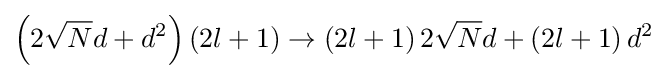
\left(2{\sqrt {N}}d+d^{2}\right)\left(2l+1\right)\to \left(2l+1\right)2{\sqrt {N}}d+\left(2l+1\right)d^{2}